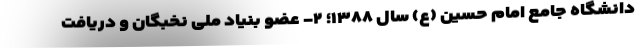
دانشگاه جامع امام حسین (ع) سال ۱۳۸۸؛ ۲- عضو بنیاد ملی نخبگان و دریافت